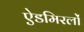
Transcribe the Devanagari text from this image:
ऐडमिरलों